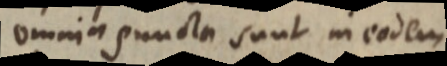
omnia puncta sunt in eodem